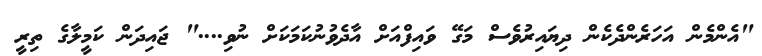
"އެންމެން އަހަރެންދެކެން ދިޔައިރުވެސް މަގޭ ވައިފްއަށް އާދެވުނުކަމަކަށް ނުވި...." ޖައިދަން ކަމީލާގެ ތިރީ